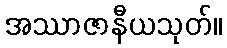
အဿာဇာနီယသုတ်။